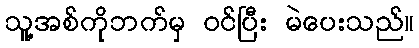
သူ့အစ်ကိုဘက်မှ ဝင်ပြီး မဲပေးသည်။